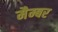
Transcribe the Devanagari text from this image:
मैम्बर